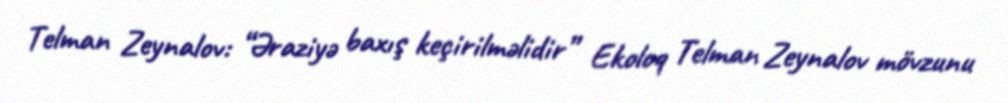
Telman Zeynalov: “Əraziyə baxış keçirilməlidir” Ekoloq Telman Zeynalov mövzunu